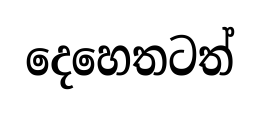
දෙහෙතටත්